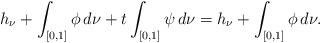
LaTeX: \begin{align*}h_\nu+\int_{[0,1]}\phi\, d\nu +t\int_{[0,1]}\psi\, d\nu =h_\nu+\int_{[0,1]}\phi\, d\nu.\end{align*}